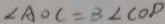
\angle A O C = B \angle C O P